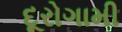
દૂરોગામી